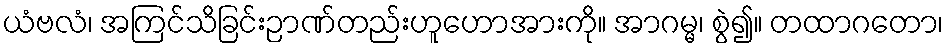
ယံဗလံ၊ အကြင်သိခြင်းဉာဏ်တည်းဟူဟောအားကို။ အာဂမ္မ၊ စွဲ၍။ တထာဂတော၊